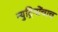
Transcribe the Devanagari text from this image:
न्युट्रिनोंचाच